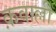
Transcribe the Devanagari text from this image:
क़वाल्ली